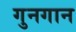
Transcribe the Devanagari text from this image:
गुनगान